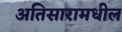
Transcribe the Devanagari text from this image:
अतिसारामधील